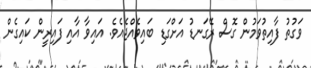
ވަގުތު ފާއިތުވަމުން ގޮސް ރޭގަނޑު އަށްގަޑި ބައިވެއްޖެއެވެ. އައިވާ އާއި ފައިރީން ކައިގެން